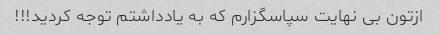
ازتون بی نهایت سپاسگزارم که به یادداشتم توجه کردید!!!